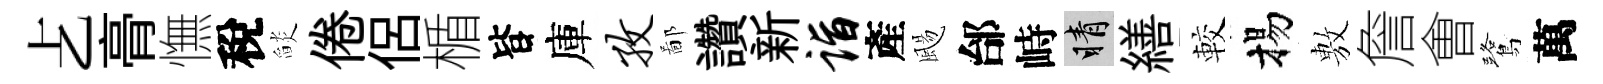
𠧒𮌔憮稅𦦨倦侶楯𣅜庫孜鄙讚新诣產颺邰峙睛繕較揚𢾾詹㑹鷺萬